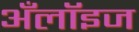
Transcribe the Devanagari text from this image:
अँलॉइज